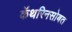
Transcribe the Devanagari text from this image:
कॅथरिनसोबत